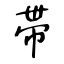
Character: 帯